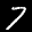
Label: 7